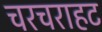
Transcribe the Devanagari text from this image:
चरचराहट